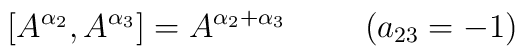
\left [ A^{\alpha_{2}}, A^{\alpha_{3}}\right ] = A^{\alpha_{2}+\alpha_{3}}\hspace{1cm} (a_{23}=-1)